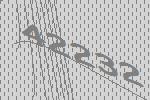
42232